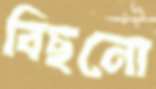
বিছনো